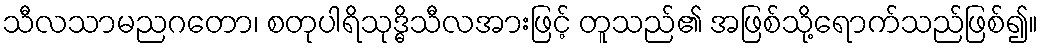
သီလသာမညဂတော၊ စတုပါရိသုဒ္ဓိသီလအားဖြင့် တူသည်၏ အဖြစ်သို့ရောက်သည်ဖြစ်၍။